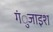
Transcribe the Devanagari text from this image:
गंुजाइश